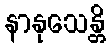
နာနုသေန္တိ